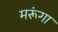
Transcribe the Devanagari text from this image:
मरूंगा